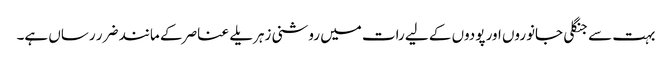
بہت سے جنگلی جانوروں اور پودوں کے لیے رات میں روشنی زہریلے عناصر کے مانند ضرر رساں ہے۔